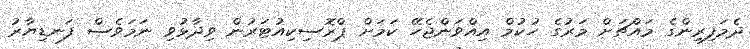
ދެމަފިރިންގެ މައްޗަށް މަރުގެ ހުކުމް އިއްވަންޖެހޭ ކަމަށް ޕްރޮސިކިއުޓަރުން ވިދާޅުވި ނަމަވެސް ފަނޑިޔާރު